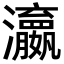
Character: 𬉫